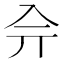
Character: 𠓡